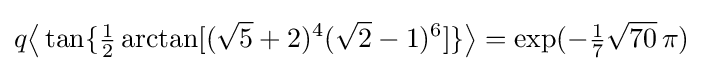
q{\bigl \langle }\tan\{{\tfrac {1}{2}}\arctan[({\sqrt {5}}+2)^{4}({\sqrt {2}}-1)^{6}]\}{\bigr \rangle }=\exp(-{\tfrac {1}{7}}{\sqrt {70}}\,\pi )